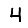
Digit: 4